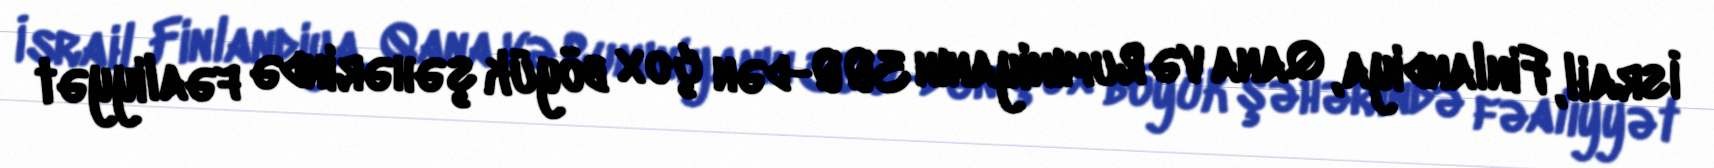
İsrail, Finlandiya, Qana və Rumıniyanın 300-dən çox böyük şəhərində fəaliyyət